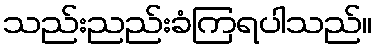
သည်းညည်းခံကြရပါသည်။